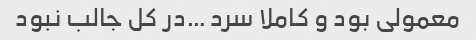
معمولی بود و کاملا سرد …در کل جالب نبود